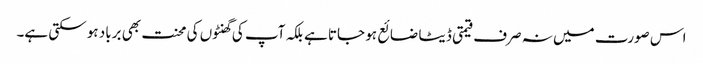
اس صورت میں نہ صرف قیمتی ڈیٹا ضائع ہو جاتا ہے بلکہ آپ کی گھنٹوں کی محنت بھی برباد ہو سکتی ہے۔